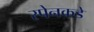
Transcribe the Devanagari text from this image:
स्पेनकडे